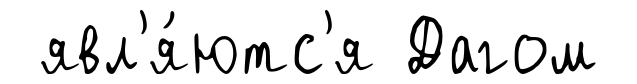
явл'я́ютс'я Дагом